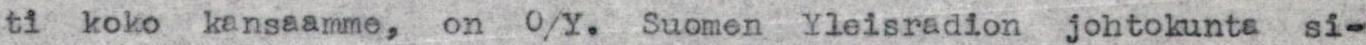
ti koko kansaamme, on 0/Y. Suomen Yleisradion johtokunta si-